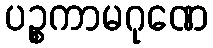
ပဉ္စကာမဂုဏေ